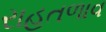
રાહતળાવ